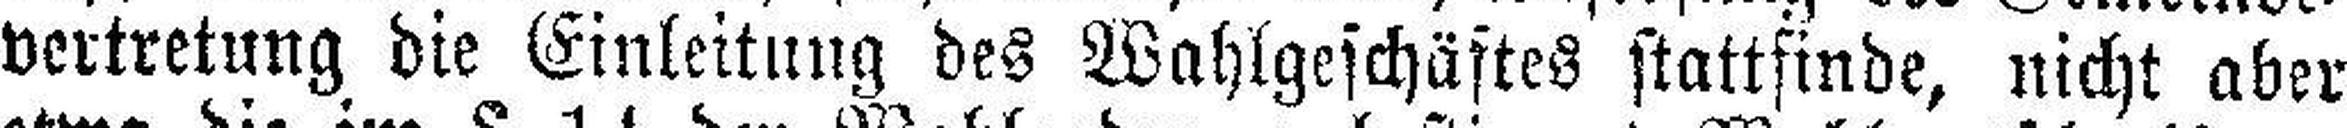
vertretung die Einleitung des Wahlgeschäftes stattfinde, nicht aber